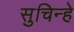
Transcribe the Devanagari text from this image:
सुचिन्हे